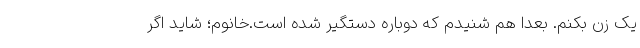
یک زن بکنم. بعدا هم شنیدم که دوباره دستگیر شده است.خانوم؛ شاید اگر